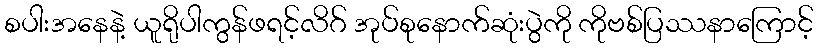
စပါးအနေနဲ့ ယူရိုပါကွန်ဖရင့်လိဂ် အုပ်စုနောက်ဆုံးပွဲကို ကိုဗစ်ပြဿနာကြောင့်